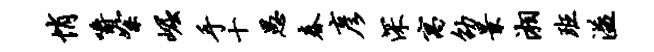
悄嚼絮崛手十愚春彦深寓劭景湘班溢